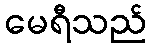
မေရီသည်